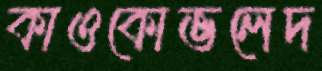
কাওকোভলেদ